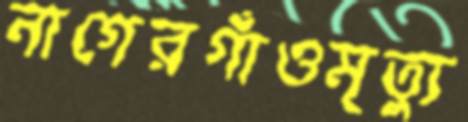
নাগেরগাঁওমৃত্যু